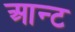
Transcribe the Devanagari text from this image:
आन्ट